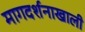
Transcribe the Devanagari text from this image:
मागदर्शनाखाली